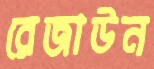
রেজাউন